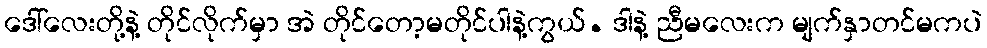
ဒေါ်လေးတို့နဲ့ တိုင်လိုက်မှာ အဲ တိုင်တော့မတိုင်ပါနဲ့ကွယ်. ဒါနဲ့ ညီမလေးက မျက်နှာတင်မကပဲ